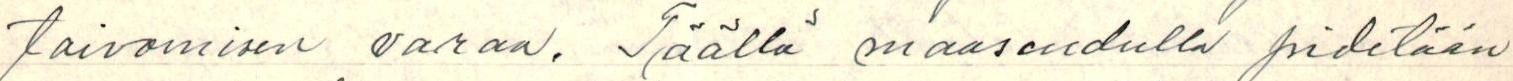
toivomisen varaa. Täällä maaseudulla pidetään